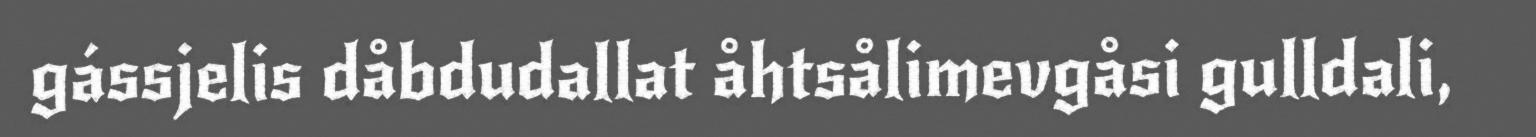
gássjelis dåbdudallat åhtsålimevgåsi gulldali,